Report of the Indian Hemp Drugs Commission, 1894-1895 - Volume VI
Year: 1894
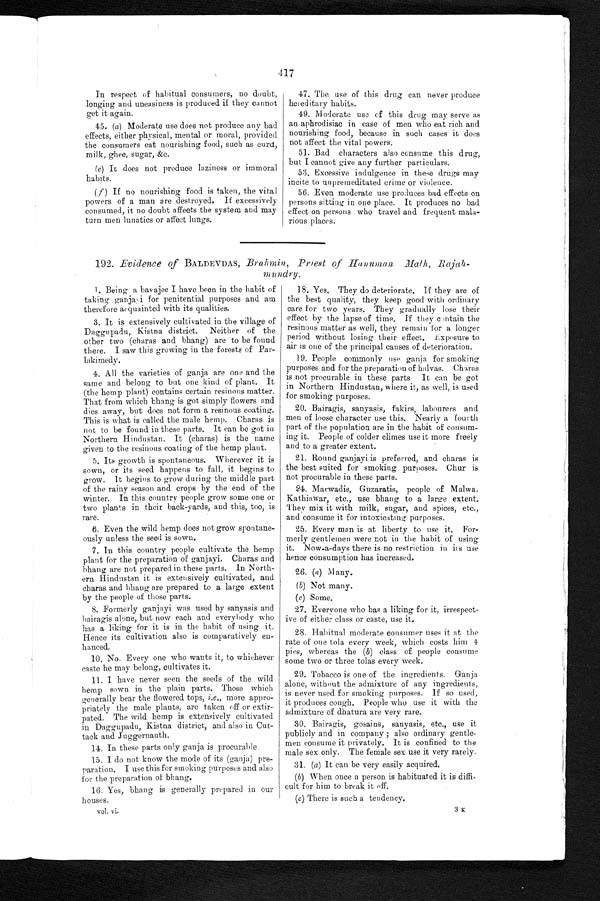
417
In respect of habitual consumers, no doubt,
longing and uneasiness is produced if they cannot
get it again.
45. (a) Moderate use does not produce any bad
effects, either physical, mental or moral, provided
the consumers eat nourishing food, such as curd,
milk, ghee, sugar, &c.
(e) It does not produce laziness or immoral
habits.
(f) If no nourishing food is taken, the vital
powers of a man are destroyed. If excessively
consumed, it no doubt affects the system and may
turn men lunatics or affect lungs.
47. The use of this drug can never produce
hereditary habits.
49. Moderate use of this drug may serve as
an aphrodisiac in case of men who eat rich and
nourishing food, because in such cases it does
not affect the vital powers.
51. Bad characters also consume this drug,
but I cannot give any further particulars.
53. Excessive indulgence in these drugs may
incite to unpremeditated crime or violence.
56. Even moderate use produces bad effects on
persons sitting in one place. It produces no bad
effect on persons who travel and frequent mala-
rious places.
192. Evidence of BALDEVDAS, Brahmin, Priest of Hanuman Math, Rajah-
mundry.
1. Being a bavajee I have been in the habit of
taking ganjayi for penitential purposes and am
therefore acquainted with its qualities.
3. It is extensively cultivated in the village of
Daggupadu, Kistna district. Neither of the
other two (charas and bhang) are to be found
there. I saw this growing in the forests of Par-
lakimedy.
4. All the varieties of ganja are one and the
same and belong to but one kind of plant. It
(the hemp plant) contains certain resinous matter.
That from which bhang is got simply flowers and
dies away, but does not form a resinous coating.
This is what is called the male hemp. Charas is
not to be found in these parts. It can be got in
Northern Hindustan. It (charas) is the name
given to the resinous coating of the hemp plant.
5. Its growth is spontaneous. Wherever it is
sown, or its seed happens to fall, it begins to
grow. It begins to grow during the middle part
of the rainy season and crops by the end of the
winter. In this country people grow some one or
two plants in their back-yards, and this, too, is
rare.
6. Even the wild hemp does not grow spontane-
ously unless the seed is sown.
7. In this country people cultivate the hemp
plant for the preparation of ganjayi. Charas and
bhang are not prepared in these parts. In North-
ern Hindustan it is extensively cultivated, and
charas and bhang are prepared to a large extent
by the people of those parts.
8. Formerly ganjayi was used by sanyasis and
hairagis alone, but now each and everybody who
has a liking for it is in the habit of using it.
Hence its cultivation also is comparatively en-
hanced.
10. No. Every one who wants it, to whichever
caste he may belong, cultivates it.
11. I have never seen the seeds of the wild
hemp sown in the plain parts. Those which
generally bear the flowered tops, i.e ., more appro-
priately the male plants, are taken off or extir-
pated. The wild hemp is extensively cultivated
in Daggupadu, Kistna district, and also in Cut-
tack and Juggernauth.
14. In these parts only ganja is procurable.
15. I do not know the mode of its (ganja) pre-
paration. I use this for smoking purposes and also
for the preparation of bhang.
16. Yes, bhang is generally prepared in our
houses.
vol. vi.
18. Yes. They do deteriorate. If they are of
the best quality, they keep good with ordinary
care for two years. They gradually lose their
effect by the lapse of time. If they contain the
resinous matter as well, they remain for a longer
period without losing their effect. Exposure to
air is one of the principal causes of deterioration.
19. People commonly use ganja for smoking
purposes and for the preparation of halvas. Charas
is not procurable in these parts. It can be got
in Northern Hindustan, where it, as well, is used
for smoking purposes.
20. Bairagis, sanyasis, fakirs, labourers and
men of loose character use this. Nearly a fourth
part of the population are in the habit of consum-
ing it. People of colder climes use it more freely
and to a greater extent.
21. Round ganjayi is preferred, and charas is
the best suited for smoking purposes. Chur is
not procurable in these parts.
24. Marwadis, Guzaratis, people of Malwa.
Kathiawar, etc., use bhang to a large extent.
They mix it with milk, sugar, and spices, etc.,
and consume it for intoxicating purposes.
25. Every man is at liberty to use it. For-
merly gentlemen were not in the habit of using
it. Now-a-days there is no restriction in its use
hence consumption has increased.
26. ( a ) Many.
( b ) N o t m a n y .
(c) Some.
27. Everyone who has a liking for it, irrespect-
ive of either class or caste, use it.
28. Habitual moderate consumer uses it at the
rate of one tola every week, which costs him 4
pies, whereas the ( b) class of people consume
some two or three tolas every week.
29. Tobacco is one of the ingredients. Ganja
alone, without the admixture of any ingredients,
is never used for smoking purposes, If so used,
it produces cough. People who use it with the
admixture of dhatura are very rare.
30. Bairagis, gosains, sanyasis, etc., use it
publicly and in company ; also ordinary gentle-
men consume it privately. It is confined to the
male sex only. The female sex use it very rarely.
31. (a) It can be very easily acquired.
(b) When once a person is habituated it is diffi-
cult for him to break it off.
(c) There is such a tendency.
3K